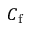
C _ { \mathrm { f } }